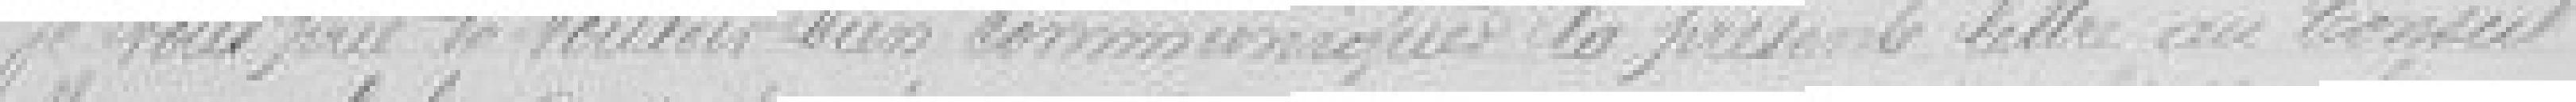
Je vous prie de vouloir bien communiquer la présente lettre au Conseil